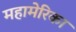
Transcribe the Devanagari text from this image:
महामेरिका